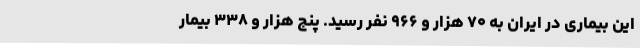
این بیماری در ایران به ۷۰ هزار و ۹۶۶ نفر رسید. پنج هزار و ۳۳۸ بیمار